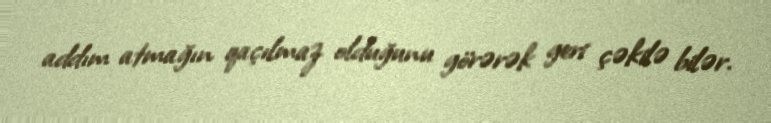
addım atmağın qaçılmaz olduğunu görərək geri çəkilə bilər.